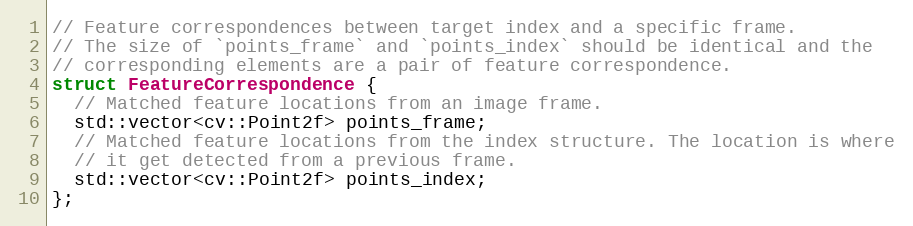
Language: C
// Feature correspondences between target index and a specific frame.
// The size of `points_frame` and `points_index` should be identical and the
// corresponding elements are a pair of feature correspondence.
struct FeatureCorrespondence {
  // Matched feature locations from an image frame.
  std::vector<cv::Point2f> points_frame;
  // Matched feature locations from the index structure. The location is where
  // it get detected from a previous frame.
  std::vector<cv::Point2f> points_index;
};